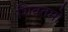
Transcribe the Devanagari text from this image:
शिवतमो